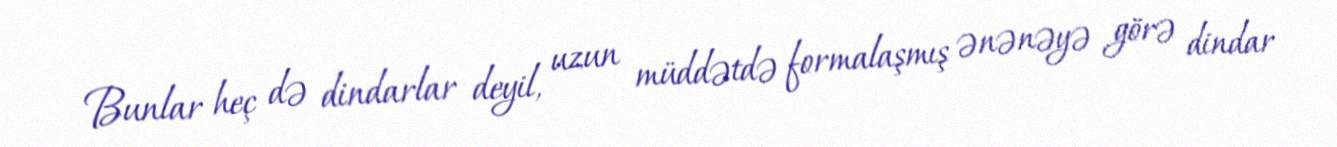
Bunlar heç də dindarlar deyil, uzun müddətdə formalaşmış ənənəyə görə dindar